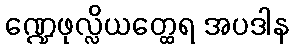
ဏ္ဍေဖုလ္လိယတ္ထေရ အပဒါန